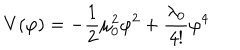
V ( \varphi ) = - \frac { 1 } { 2 } \mu _ { 0 } ^ { 2 } \varphi ^ { 2 } + \frac { \lambda _ { 0 } } { 4 ! } \varphi ^ { 4 }